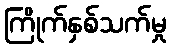
ကြိုက်နှစ်သက်မှု